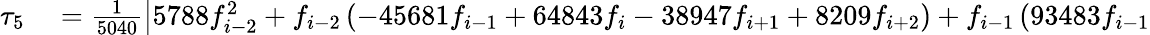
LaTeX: \begin{array}{rl}{\tau_{5}}&{{}=\frac{1}{5040}\left|5788f_{i-2}^{2}+f_{i-2}\left(-45681f_{i-1}+64843f_{i}-38947f_{i+1}+8209f_{i+2}\right)+f_{i-1}\left(93483f_{i-1}\right.\right.}\end{array}